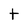
Character: t